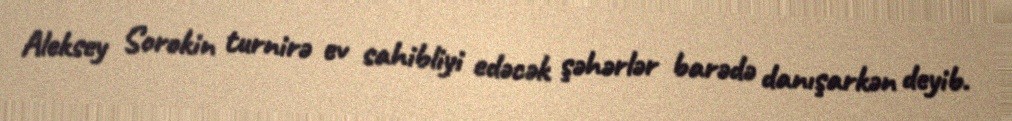
Aleksey Sorokin turnirə ev sahibliyi edəcək şəhərlər barədə danışarkən deyib.